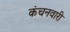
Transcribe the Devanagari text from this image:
कंचनवारी